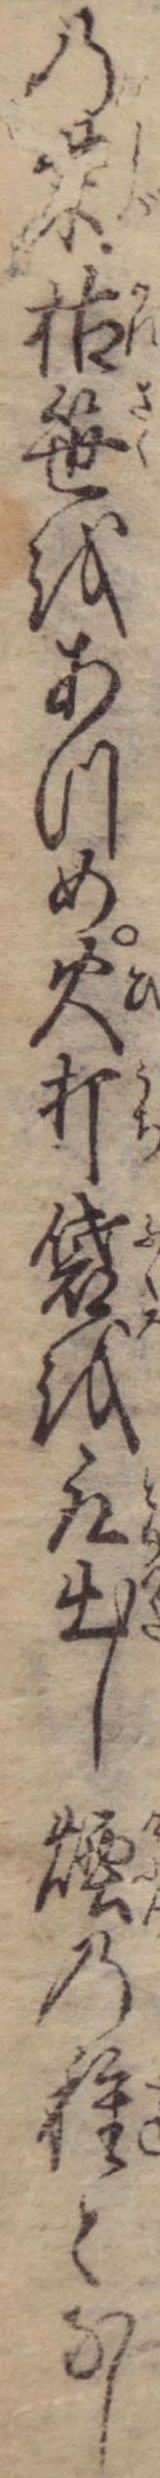
の柴枯笹をあつめ火打袋を取出し煙の種となし